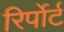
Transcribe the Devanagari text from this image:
रिर्पोर्ट